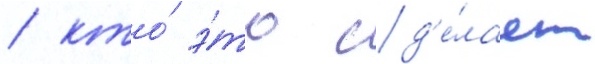
/ кто́ э́то сд'е́лает